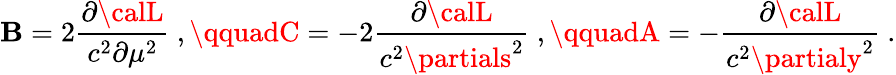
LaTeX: \mathbf{B}=2{\frac{{\partial{\calL}}}{{c^{2}\partial\mu^{2}}}}\ ,\qquadC=-2{\frac{{\partial{\calL}}}{{c^{2}\partials^{2}}}}\ ,\qquadA=-{\frac{{\partial{\calL}}}{{c^{2}\partialy^{2}}}}\ .